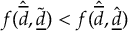
f ( \hat { \overline { d } } , \tilde { \underline { d } } ) < f ( \hat { \overline { d } } , \hat { \underline { d } } )